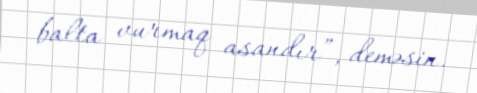
balta vurmaq asandır”, deməsin.